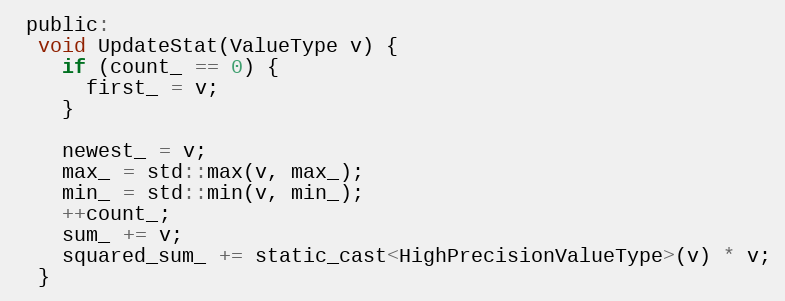
Language: C
 public:
  void UpdateStat(ValueType v) {
    if (count_ == 0) {
      first_ = v;
    }

    newest_ = v;
    max_ = std::max(v, max_);
    min_ = std::min(v, min_);
    ++count_;
    sum_ += v;
    squared_sum_ += static_cast<HighPrecisionValueType>(v) * v;
  }